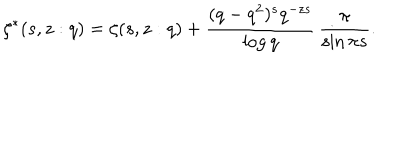
LaTeX: \zeta ^ { * } ( s , z : q ) = \zeta ( s , z : q ) + \frac { ( q - q ^ { 2 } ) ^ { s } q ^ { - z s } } { \log q } \, \frac { \pi } { \sin \pi s } .